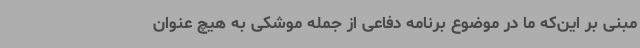
مبنی بر این‌که ما در موضوع برنامه دفاعی از جمله موشکی به هیچ عنوان